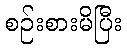
စဉ်းစားမိပြီး